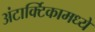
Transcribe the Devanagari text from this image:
अंटार्क्टिकामध्ये